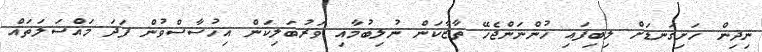
ނިދިން ހަށިގަނޑަށް ލިބިފައި ހުންނަންޖެހޭ ތާޒާކަން ނުލިބުމާއި ވަރުބަލިކަން އިހުސާސްވުން ފަދަ މައްސަލަތައް